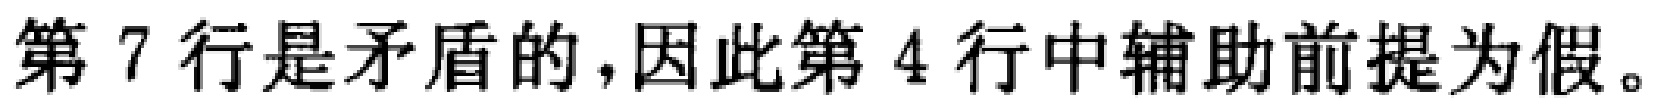
第 7 行是矛盾的,因此第 4 行中辅助前提为假。